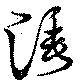
涶